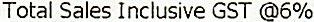
TOTAL SALES INCLUSIVE GST @6%